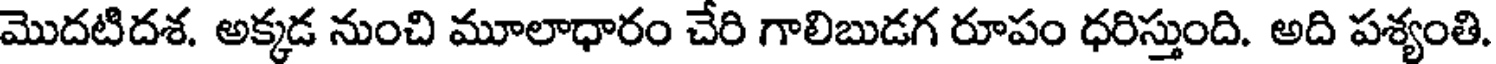
మొదటిదశ. అక్కడ నుంచి మూలాధారం చేరి గాలిబుడగ రూపం ధరిస్తుంది. అది పశ్యంతి.